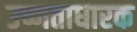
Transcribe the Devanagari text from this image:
उष्णताधारक